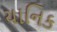
યાનિક